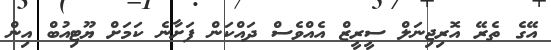
އޭގެ ތެރޭ އޮރިޖިނަލް ސީރީޒް އެއްވެސް ދައްކަން ފަށާނެ ކަމަށް ޔޫޓިއުބް އިން